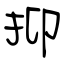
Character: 抑